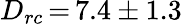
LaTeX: D_{rc}\, {=}\, 7.4\pm 1.3